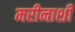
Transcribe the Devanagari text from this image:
मरीनाशी